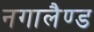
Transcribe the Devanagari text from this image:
नगालैण्ड